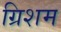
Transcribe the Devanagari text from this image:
ग्रिशम